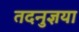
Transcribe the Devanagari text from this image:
तदनुज्ञया